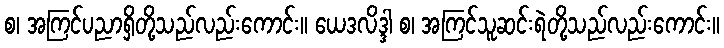
စ၊ အကြင်ပညာရှိတို့သည်လည်းကောင်း။ ယေဒလိဒ္ဒါ စ၊ အကြင်သူဆင်းရဲတို့သည်လည်းကောင်း။